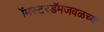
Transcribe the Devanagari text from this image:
ॲमस्टरडॅमजवळच्या